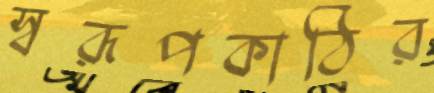
স্বরূপকাঠির